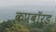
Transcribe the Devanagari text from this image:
कपबाॅर्ड